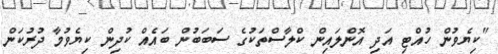
"ކިޔެވުން ހުއްޓި އަދި އޮންލައިން ކްލާސްތަކުގެ ސަބަބުން ބައެއް ކުދިން ކިޔެވުމާ ދުރުކަން